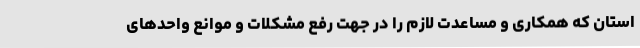
استان که همکاری و مساعدت لازم را در جهت رفع مشکلات و موانع واحدهای